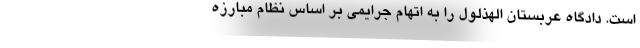
است. دادگاه عربستان الهذلول را به اتهام جرایمی بر اساس نظام مبارزه